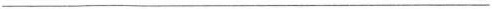
___